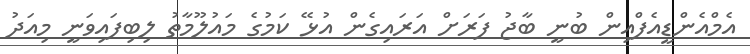
އެމްއެންޑީއެފްއިން ބުނީ ބާޖު ފަރަށް އަރައިގެން އުޅޭ ކަމުގެ މައުލޫމާތު ލިބިފައިވަނީ މިއަދު